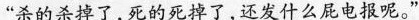
“杀的杀掉了,死的死掉了,还发什么屁电报呢。”